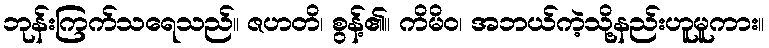
ဘုန်းကြက်သရေသည်။ ဇဟတိ၊ စွန့်၏။ ကိမိဝ၊ အဘယ်ကဲ့သို့နည်းဟူမူကား။